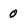
Character: 0